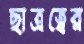
ছাত্রত্বের